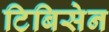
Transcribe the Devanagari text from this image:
टिबिसेन